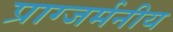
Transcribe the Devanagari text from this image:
प्राग्जर्मनीय